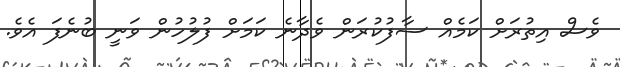
ވެސް އިތުރަށް ކަމެއް ސާފުކުރަން ވެދާނެ ކަމަށް ފުލުހުން ވަނީ ބުނެފަ އެވެ.